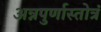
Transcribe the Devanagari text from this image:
अन्नपुर्णास्तोत्रं